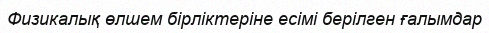
Физикалық өлшем бірліктеріне есімі берілген ғалымдар